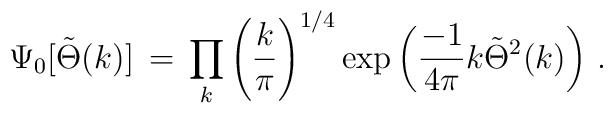
\Psi_0 [\tilde{\Theta} (k)]\, =\, \prod_k \left({k\over \pi}\right)^{1/4} \exp\left({-1\over 4\pi} k \tilde{\Theta}^2 (k)\right)\, .